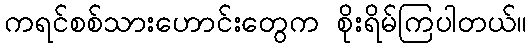
ကရင်စစ်သားဟောင်းတွေက စိုးရိမ်ကြပါတယ်။